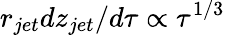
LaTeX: r_{jet}dz_{jet}/d\tau\propto\tau^{1/3}